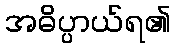
အဓိပ္ပာယ်ရ၏